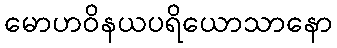
မောဟဝိနယပရိယောသာနော